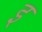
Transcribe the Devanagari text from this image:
इ